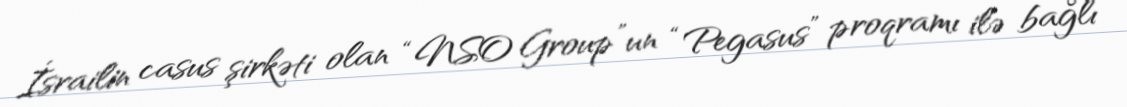
İsrailin casus şirkəti olan “NSO Group”un “Pegasus” proqramı ilə bağlı